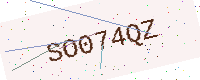
Text: SO074QZ